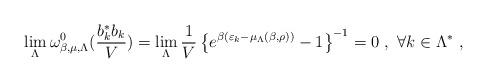
LaTeX: \begin{align*}\lim_{\Lambda} \omega_{\beta,\mu,\Lambda}^{0}(\frac{b^{*}_{k} b_{k}}{V}) =\lim_{\Lambda}\frac{1}{V}\left\{e^{\beta(\varepsilon_{k}-{\mu_{\Lambda}(\beta,\rho)})}-1 \right\}^{-1} = 0 \ , \ \forall k \in \Lambda^{*} \ ,\end{align*}